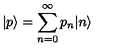
| p \rangle = \sum _ { n = 0 } ^ { \infty } p _ { n } | n \rangle